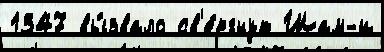
1347 вы́звало св'е́ргнут Шам-и